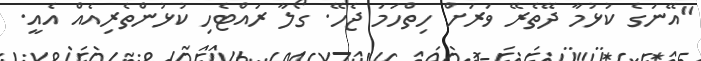
"އޭނަގެ ކުޅުމާ ދޭތެރޭ ވަރަށް ހިތްހަމަ ޖެހޭ. ގޯލާ ރައްޓެހި ކުޅުންތެރިއެއް އެއީ.